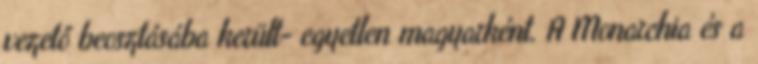
vezető beosztásába került- egyetlen magyarként. A Monarchia és a